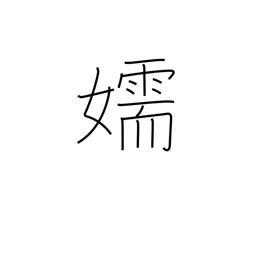
Meaning: mistress